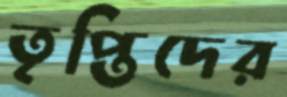
তৃপ্তিদের